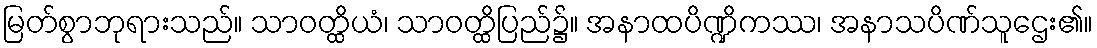
မြတ်စွာဘုရားသည်။ သာဝတ္ထိယံ၊ သာဝတ္ထိပြည်၌။ အနာထပိဏ္ဍိကဿ၊ အနာသပိဏ်သူဌေး၏။